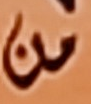
من